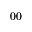
0 0